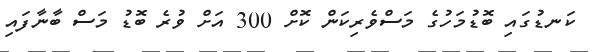
ކަނޑުގައި ބޮޑުމަހުގެ މަސްވެރިކަން ކޮށް 300 އަށް ވުރެ ބޮޑު މަސް ބާނާފައި